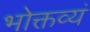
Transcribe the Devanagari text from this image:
भोक्तव्यं